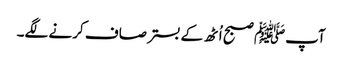
آپﷺ صبح اُٹھ کے بستر صاف کرنے لگے۔